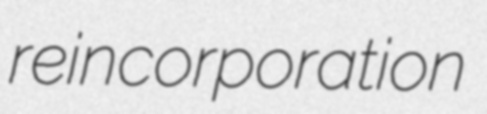
reincorporation